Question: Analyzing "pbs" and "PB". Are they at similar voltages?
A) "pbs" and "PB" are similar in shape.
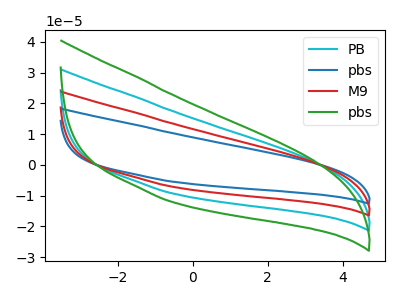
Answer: <think>The cyan curve "PB" has no peaks. The blue curve "pbs" has no peaks. The red curve "M9" has no peaks. The green curve "pbs" has no peaks.
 Neither "pbs" or "PB" have any peaks.</think>
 <answer>A) "pbs" and "PB" are similar in shape.</answer>
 <eval>A</eval>